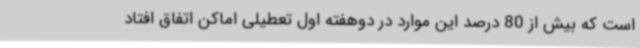
است که بیش از 80 درصد این موارد در دوهفته اول تعطیلی اماکن اتفاق افتاد